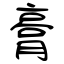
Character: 膏